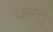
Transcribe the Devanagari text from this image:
करतु